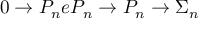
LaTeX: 0 \rightarrow P _ { n } e P _ { n } \rightarrow P _ { n } \rightarrow \Sigma _ { n }